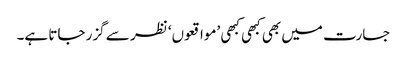
جسارت میں بھی کبھی کبھی ’مواقعوں‘ نظر سے گزر جاتا ہے۔